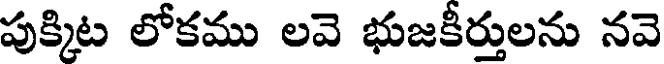
పుక్కిట లోకము లవె భుజకీర్తులను నవె